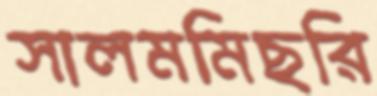
সালমমিছরি